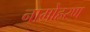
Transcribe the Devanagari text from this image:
नामोहरण